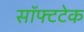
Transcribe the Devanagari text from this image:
सॉफ्टटेक